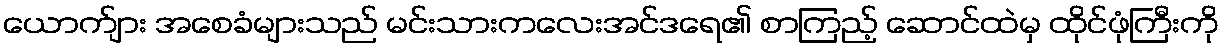
ယောက်ျား အစေခံများသည် မင်းသားကလေးအင်ဒရေ၏ စာကြည့် ဆောင်ထဲမှ ထိုင်ဖုံကြီးကို